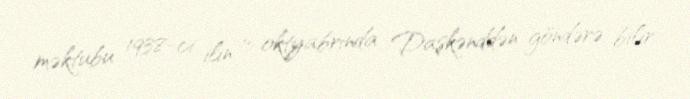
məktubu 1938-ci ilin 15 oktyabrında Daşkənddən göndərə bilir.